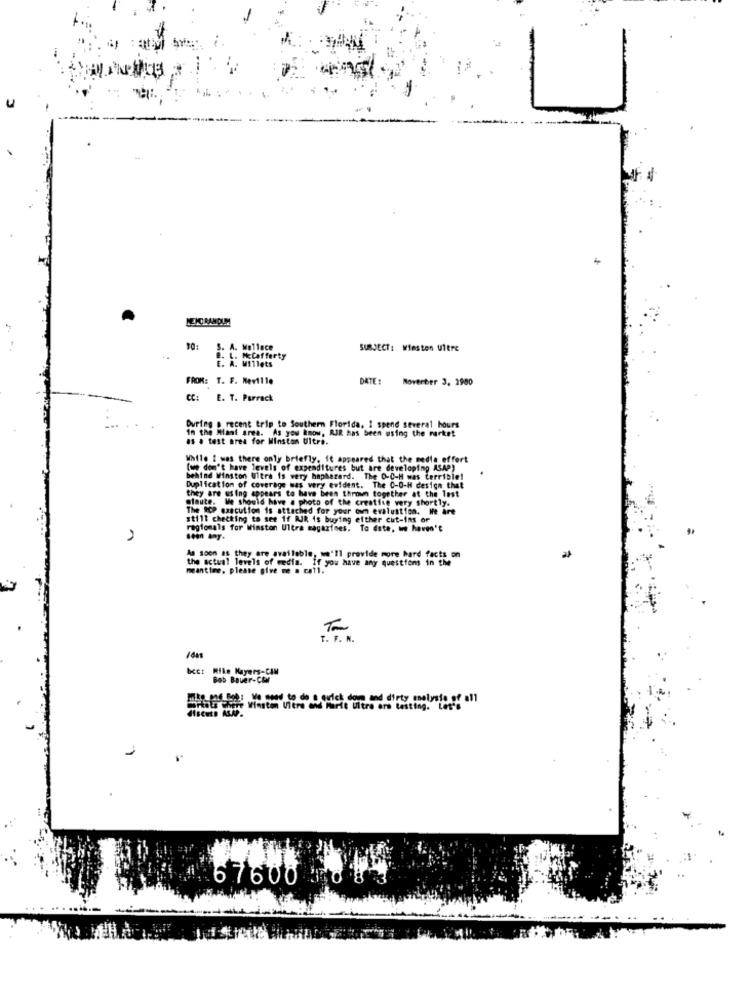
10:
S. A. Wallace
SUBJECT: Winsten Ultre
E. A. WIllets
. L. PCafferty
FROM: T. F. Neville
DATE :
Moverber 3, 2900
CC:
E. T. Parrack
During a recent trip to Southern Florida, 1 spend several hours
In the Miant area. As you know, RIR has been using the market
as . test area for Winstan Ultre.
While i was there only briefly, it appeared that the media effort
(we don't have levels of expenditures but are developing ASAP)
behind Winston Uitra is very haphazard. The O-O-H was terrible!
Duplication of coverage was very evident. The 0-0-H design that
they are using appears to have been thrown together at the last
olaute. We should have a photo of the creative very shortly.
The RCP execution is attached for your own evaluation. He are
still checking to see if RJR is buying either cut-ins or
regiomals for Winston Ultra magazines. To date, we haven't
sean Any-
the actual levels of
the actual levels of media. If you have any questions in the
As soon as they are available, we'll provide more hard facts on
meantime, please give me a call.
T . F . N .
bc: Mike Mayers-CAM
Bob Bauer-COM
.
67600 0